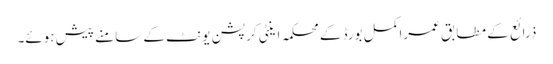
ذرائع کے مطابق عمراکمل بورڈ کے محکمہ اینٹی کرپشن یونٹ کے سامنے پیش ہوئے۔